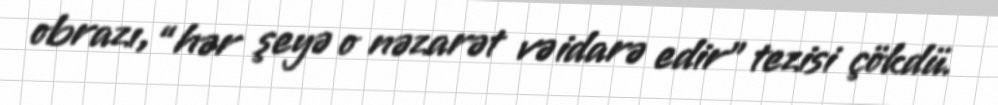
obrazı, “hər şeyə o nəzarət və idarə edir” tezisi çökdü.